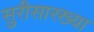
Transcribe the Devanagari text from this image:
सुरीसारख्या